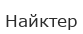
Найктер